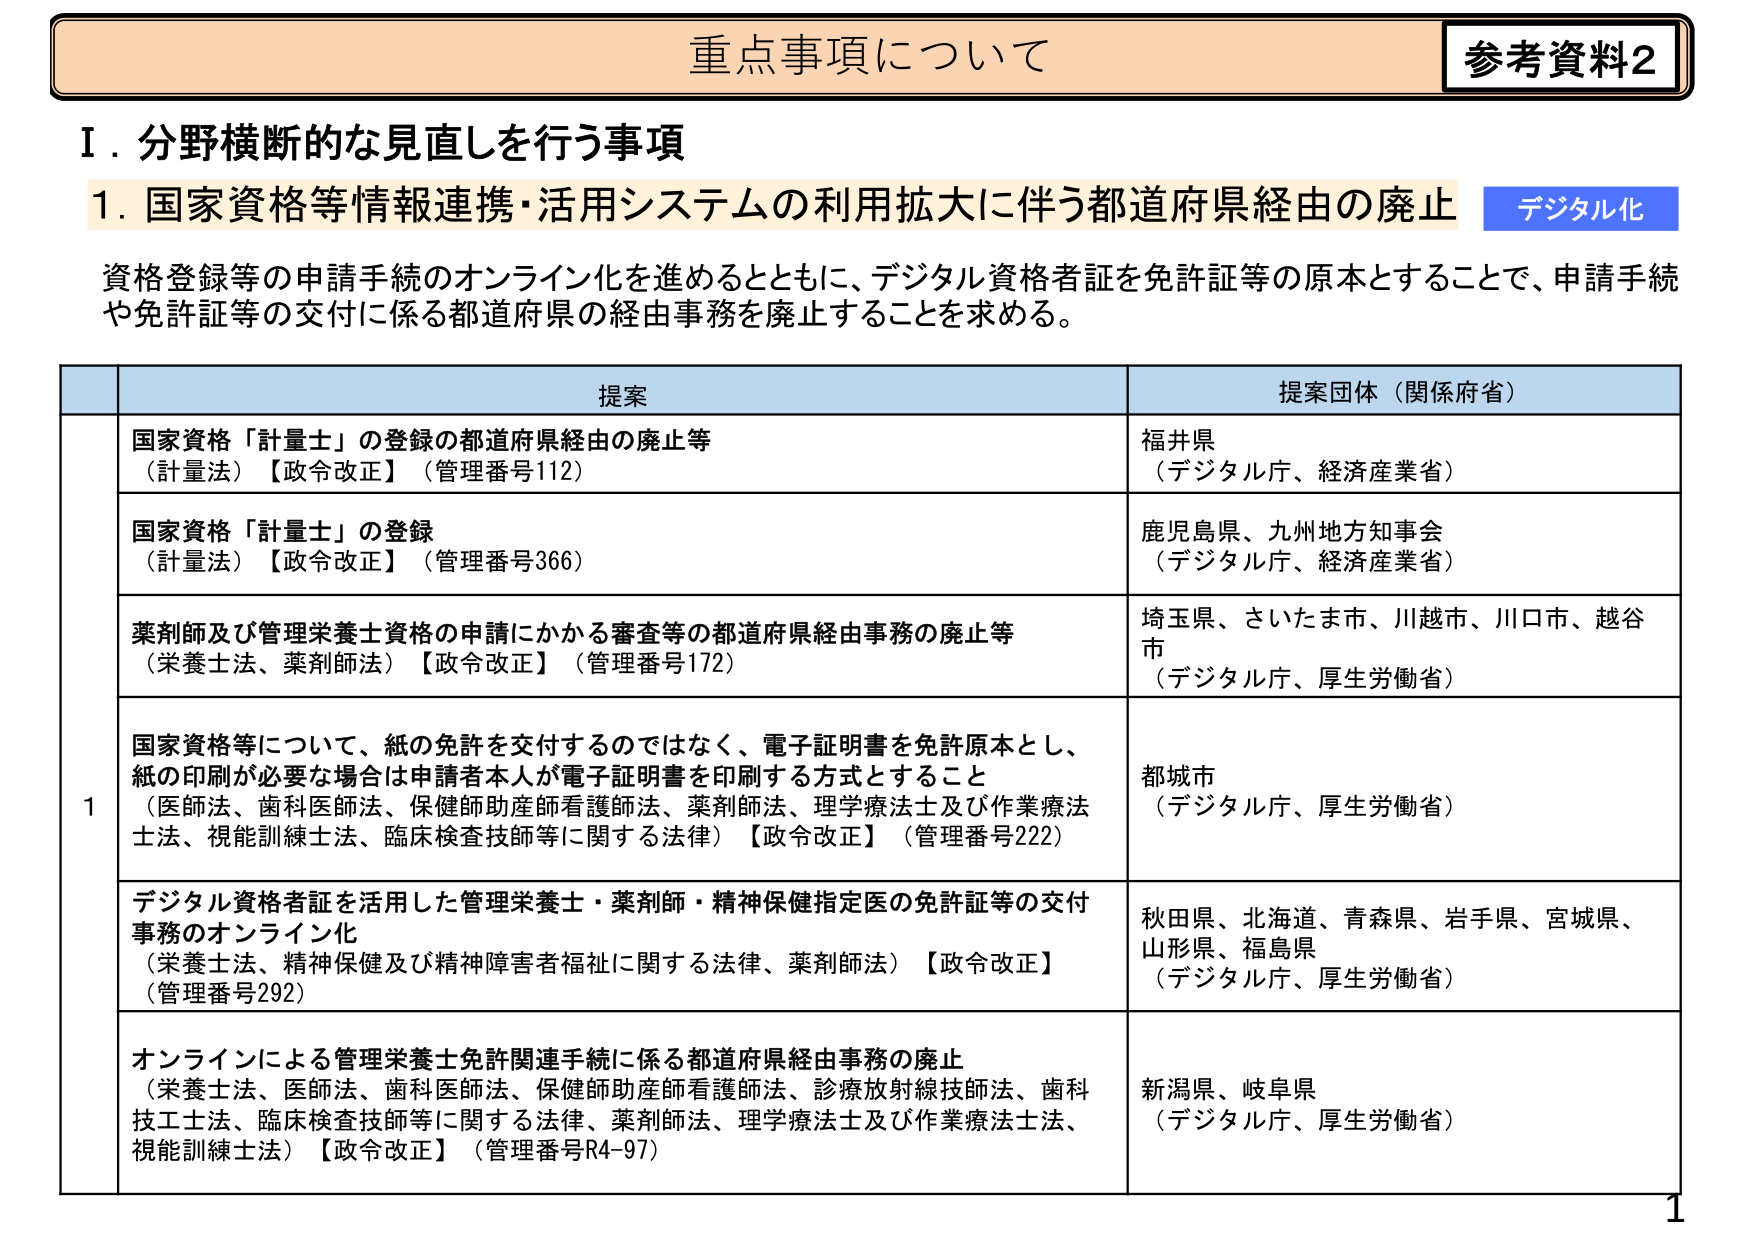
重点事項について
参考資料2

Ⅰ．分野横断的な見直しを行う事項

1．国家資格等情報連携・活用システムの利用拡大に伴う都道府県経由の廃止 デジタル化

資格登録等の申請手続のオンライン化を進めるとともに、デジタル資格者証を免許証等の原本とすることで、申請手続や免許証等の交付に係る都道府県の経由事務を廃止することを求める。

提案 提案団体（関係府省）

1 国家資格「計量士」の登録の都道府県経由の廃止等
（計量法）【政令改正】（管理番号112）
福井県
（デジタル庁、経済産業省）

国家資格「計量士」の登録
（計量法）【政令改正】（管理番号366）
鹿児島県、九州地方知事会
（デジタル庁、経済産業省）

薬剤師及び管理栄養士資格の申請にかかる審査等の都道府県経由事務の廃止等
（栄養士法、薬剤師法）【政令改正】（管理番号172）
埼玉県、さいたま市、川越市、川口市、越谷市
（デジタル庁、厚生労働省）

国家資格等について、紙の免許を交付するのではなく、電子証明書を免許原本とし、紙の印刷が必要な場合は申請者本人が電子証明書を印刷する方式とすること
（医師法、歯科医師法、保健師助産師看護師法、薬剤師法、理学療法士及び作業療法士法、視能訓練士法、臨床検査技師等に関する法律）【政令改正】（管理番号222）
都城市
（デジタル庁、厚生労働省）

デジタル資格者証を活用した管理栄養士・薬剤師・精神保健指定医の免許証等の交付事務のオンライン化
（栄養士法、精神保健及び精神障害者福祉に関する法律、薬剤師法）【政令改正】（管理番号292）
秋田県、北海道、青森県、岩手県、宮城県、山形県、福島県
（デジタル庁、厚生労働省）

オンラインによる管理栄養士免許関連手続に係る都道府県経由事務の廃止
（栄養士法、医師法、歯科医師法、保健師助産師看護師法、診療放射線技師法、歯科技工士法、臨床検査技師等に関する法律、薬剤師法、理学療法士及び作業療法士法、視能訓練士法）【政令改正】（管理番号R4-97）
新潟県、岐阜県
（デジタル庁、厚生労働省）

1